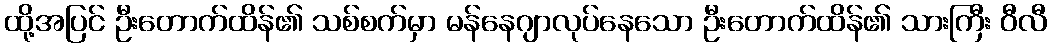
ထို့အပြင် ဦးတောက်ထိန်၏ သစ်စက်မှာ မန်နေဂျာလုပ်နေသော ဦးတောက်ထိန်၏ သားကြီး ဝီလီ